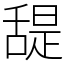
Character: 𦧧